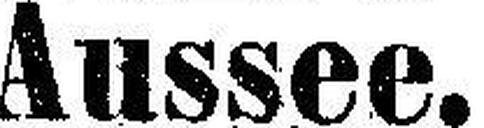
Aussee.